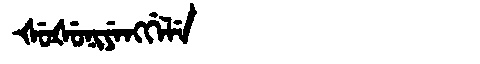
Manchu: ᡧᡠᡧᡠᠨᡳᠶᡝᠩᡤᡝᠯᡝ
Romanization: ŠUŠUNIYENGGELE